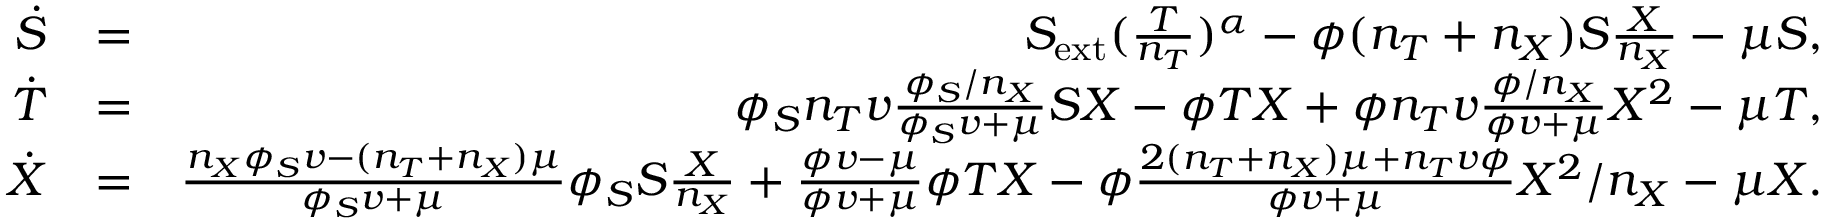
\begin{array} { r l r } { \dot { S } } & { = } & { S _ { \mathrm { e x t } } ( \frac { T } { n _ { T } } ) ^ { \alpha } - \phi ( n _ { T } + n _ { X } ) S \frac { X } { n _ { X } } - \mu S , } \\ { \dot { T } } & { = } & { \phi _ { S } n _ { T } v \frac { \phi _ { S } / n _ { X } } { \phi _ { S } v + \mu } S X - \phi T X + \phi n _ { T } v \frac { \phi / n _ { X } } { \phi v + \mu } X ^ { 2 } - \mu T , } \\ { \dot { X } } & { = } & { \frac { n _ { X } \phi _ { S } v - ( n _ { T } + n _ { X } ) \mu } { \phi _ { S } v + \mu } \phi _ { S } S \frac { X } { n _ { X } } + \frac { \phi v - \mu } { \phi v + \mu } \phi T X - \phi \frac { 2 ( n _ { T } + n _ { X } ) \mu + n _ { T } v \phi } { \phi v + \mu } X ^ { 2 } / n _ { X } - \mu X . } \end{array}